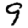
Digit: 9